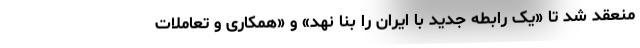
منعقد شد تا «یک رابطه جدید با ایران را بنا نهد» و «همکاری و تعاملات